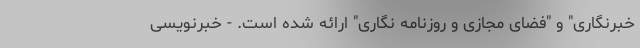
خبرنگاری" و "فضای مجازی و روزنامه نگاری" ارائه شده است. - خبرنویسی